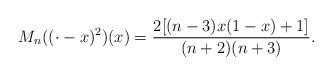
LaTeX: \begin{align*}M_n ((\cdot - x)^2)(x) = \frac{2[ (n-3)x(1-x) + 1]}{(n+2)(n+3)}.\end{align*}